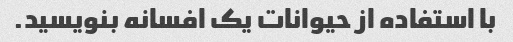
با استفاده از حیوانات یک افسانه بنویسید.